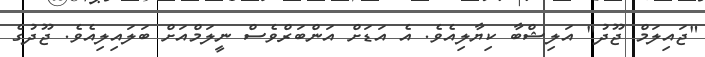
"ޖައިލަމް ޖޫދު" އަލިޝްބާ ކިޔާލިއެވެ. އެ އަޑަށް އަންބަރްވެސް ނީލަމްއަށް ބަލައިލިއެވެ. ޖޫދުގެ